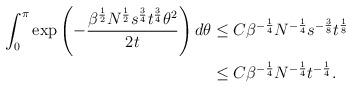
LaTeX: \begin{align*} \int_{0}^{\pi} \exp\left(-\frac{\beta^{\frac{1}{2}}N^{\frac{1}{2}} s^{\frac{3}{4}}t^{\frac{3}{4}}\theta^2}{2t}\right)d\theta &\le C\beta^{-\frac{1}{4}}N^{-\frac{1}{4}}s^{-\frac{3}{8}}t^{\frac{1}{8}} \\&\le C\beta^{-\frac{1}{4}}N^{-\frac{1}{4}} t^{-\frac{1}{4}}.\end{align*}